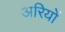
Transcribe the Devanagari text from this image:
अरियों